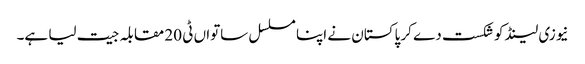
نیوزی لینڈ کو شکست دے کر پاکستان نے اپنا مسلسل ساتواں ٹی 20 مقابلہ جیت لیا ہے۔